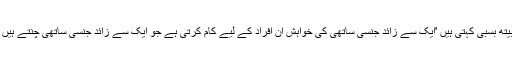
ماہر نفسیات اور سیکس کی تعلیم دینے والی ڈاکٹر لوری بیتھ بسبی کہتی ہیں 'ایک سے زائد جنسی ساتھی کی خواہش ان افراد کے لیے کام کرتی ہے جو ایک سے زائد جنسی ساتھی چنتے ہیں اور مختلف جگہوں میں اپنی خواہشات کو پورا کرتے ہیں۔